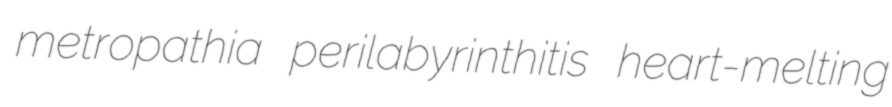
metropathia perilabyrinthitis heart-melting